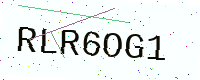
Text: RLR6OG1